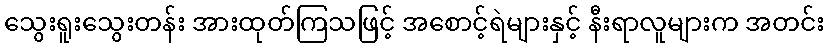
သွေးရူးသွေးတန်း အားထုတ်ကြသဖြင့် အစောင့်ရဲများနှင့် နီးရာလူများက အတင်း